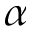
\alpha